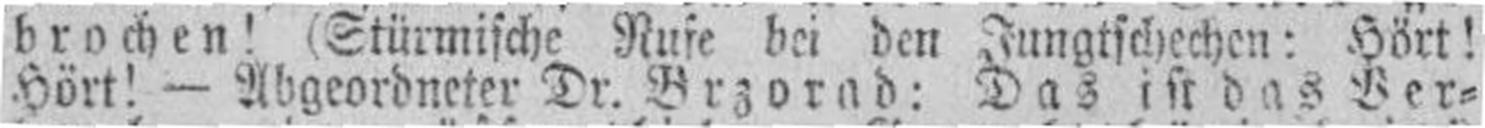
Hört! — Abgeordneter Dr. Brzorad: Das ist das Ver¬